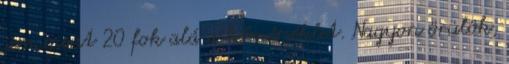
sem ment 20 fok alá a hőmérséklet. Nagyon örülök,